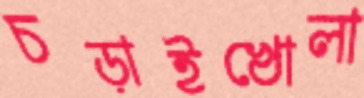
চড়াইখোলা